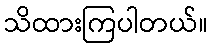
သိထားကြပါတယ်။